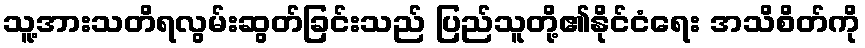
သူ့အားသတိရလွမ်းဆွတ်ခြင်းသည် ပြည်သူတို့၏နိုင်ငံရေး အသိစိတ်ကို